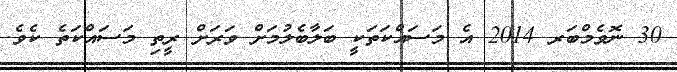
30 ނޮވެމްބަރ 2014 އެ މަސައްކަތަކީ ބަލާބެލުމަށް ވަރަށް ރީތި މަސައްކަތެ ކެވެ.